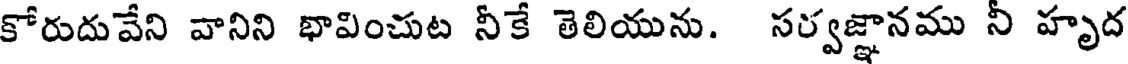
కోరుదువేని వానిని భావించుట నీకే తెలియును. సర్వజ్ఞానము నీ హృద